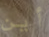
أين